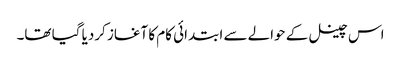
اس چینل کے حوالے سے ابتدائی کام کا آغاز کردیا گیا تھا۔